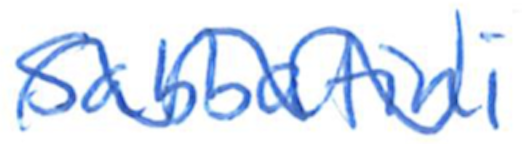
Text: Sabbatini
Cross-out: wave
Writing tool: ballpoint